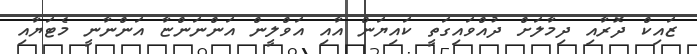
ޒައިކް ދޮރާއި ދިމާލަށް ދުއްވައިގަތީ ކައިޔަން އާއި އަވްލީން އަންނަންޏާ އަންނާނީ މެޓަޔާއި